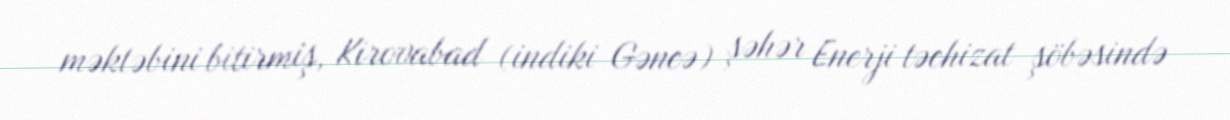
məktəbini bitirmiş, Kirovabad (indiki Gəncə) şəhər Enerji təchizat şöbəsində